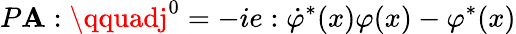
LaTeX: P\mathbf{A}:\qquadj^{0}=-ie:\dot{{\varphi}}^{\ast}(x)\varphi(x)-\varphi^{\ast}(x)